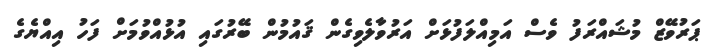
ޕަރުވޭޒް މުޝައްރަފު ވެސް އަމިއްލަފުޅަށް އަރުވާލެވިގެން ޤައުމުން ބޭރުގައި އުޅުއްވުމަށް ފަހު އިއްޔެގެ